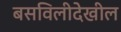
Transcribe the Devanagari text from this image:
बसविलीदेखील